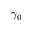
\gamma _ { 0 }